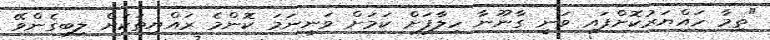
"ތިމާ ހައްޔަރުކޮށްފައި ވަނީ ގާނޫނާ ހިލާފަށް ކަމަށް ވަނީނަމަ ކޮންމެ ރައްޔިތަކަށް ލިބިގެންވޭ